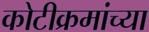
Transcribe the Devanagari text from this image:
कोटीक्रमांच्या